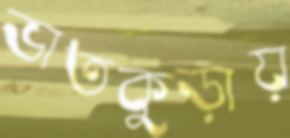
ভাতকুড়ায়